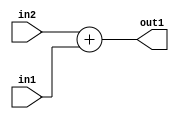
`timescale 1ps / 1ps
/*****************************************************************************
    Verilog RTL Description
    
    
    Created by: Stratus DpOpt 2019.1.01 
*******************************************************************************/

module st_weight_addr_gen_Add_1Ux1U_1U_4_1 (
	in2,
	in1,
	out1
	); /* architecture "behavioural" */ 
input  in2,
	in1;
output  out1;
wire  asc001;

assign asc001 = 
	+(in2)
	+(in1);

assign out1 = asc001;
endmodule

/* CADENCE  urjxSwg= : u9/ySgnWtBlWxVPRXgAZ4Og= ** DO NOT EDIT THIS LINE ******/